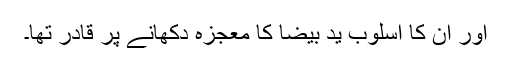
اور ان کا اسلوب ید بیضا کا معجزہ دکھانے پر قادر تھا۔